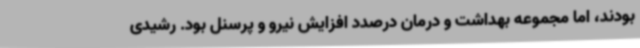
بودند، اما مجموعه بهداشت و درمان درصدد افزایش نیرو و پرسنل بود. رشیدی